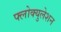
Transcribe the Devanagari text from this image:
फ्लोक्युलेशन